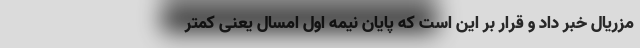
مزریال خبر داد و قرار بر این است که پایان نیمه اول امسال یعنی کمتر